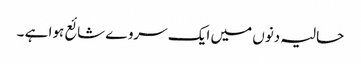
حالیہ دنوں میں ایک سروے شائع ہوا ہے ۔